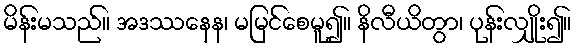
မိန်းမသည်။ အဒဿနေန၊ မမြင်စေမူ၍။ နိလီယိတွာ၊ ပုန်းလျှိုး၍။